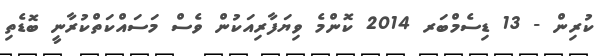
ކުރިން - 13 ޑިސެމްބަރ 2014 ކޮންމެ ވިޔަފާރިއަކުން ވެސް މަސައްކަތްކުރާނީ ބޮޑެތި